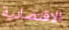
الاقتصادية